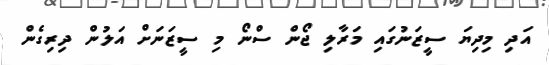
އަދި މިދިޔަ ސީޒަނުގައި މަރާލި ޖޯން ސްނޯ މި ސީޒަނަށް އަލުން ދިރިގެން